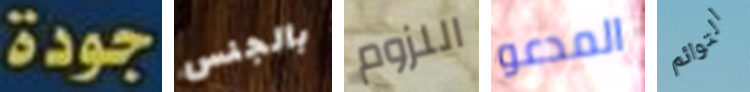
جودة بالجنس اللزوم المدعو التوائم